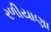
રળીયાણા